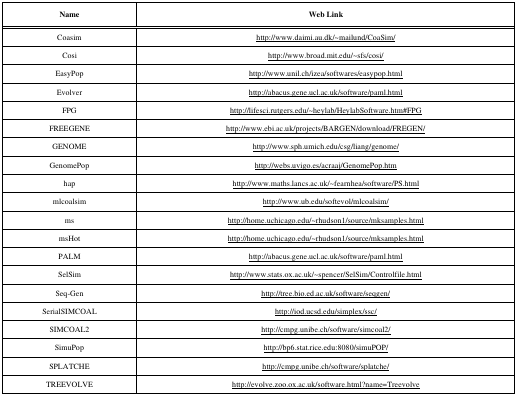
| Name | Web Link |
 | --- | --- |
 | Coasim | http://www.daimi.au.dk/~mailund/CoaSim/ |
 | Cosi | http://www.broad.mit.edu/~sfs/cosi/ |
 | EasyPop | http://www.unil.ch/izea/softwares/easypop.html |
 | Evolver | http://abacus.gene.ucl.ac.uk/software/paml.html |
 | FPG | http://lifesci.rutgers.edu/~heylab/HeylabSoftware.htm#FPG |
 | FREEGENE | http://www.ebi.ac.uk/projects/BARGEN/download/FREGEN/ |
 | GENOME | http://www.sph.umich.edu/csg/liang/genome/ |
 | GenomePop | http://webs.uvigo.es/acraaj/GenomePop.htm |
 | hap | http://www.maths.lancs.ac.uk/~fearnhea/software/PS.html |
 | mlcoalsim | http://www.ub.edu/softevol/mlcoalsim/ |
 | ms | http://home.uchicago.edu/~rhudson1/source/mksamples.html |
 | msHot | http://home.uchicago.edu/~rhudson1/source/mksamples.html |
 | PALM | http://abacus.gene.ucl.ac.uk/software/paml.html |
 | SelSim | http://www.stats.ox.ac.uk/~spencer/SelSim/Controlfile.html |
 | Seq-Gen | http://tree.bio.ed.ac.uk/software/seqgen/ |
 | SerialSIMCOAL | http://iod.ucsd.edu/simplex/ssc/ |
 | SIMCOAL2 | http://cmpg.unibe.ch/software/simcoal2/ |
 | SimuPop | http://bp6.stat.rice.edu:8080/simuPOP/ |
 | SPLATCHE | http://cmpg.unibe.ch/software/splatche/ |
 | TREEVOLVE | http://evolve.zoo.ox.ac.uk/software.html?name=Treevolve |